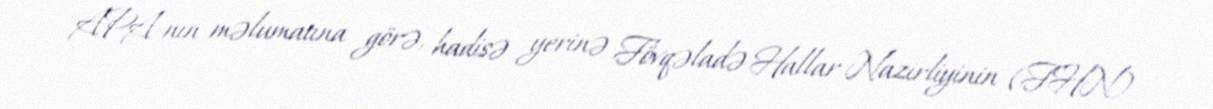
APA-nın məlumatına görə, hadisə yerinə Fövqəladə Hallar Nazirliyinin (FHN)